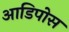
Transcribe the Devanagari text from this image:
आडिपोस